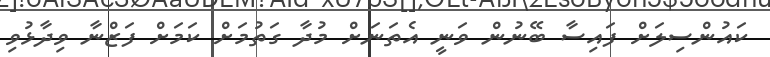
ކައުންސިލަށް ފައިސާ ބޭނުން ވަނީ އެތަނަށް މުދާ ގަތުމަށް ކަމަށް ފަޒްނާ ވިދާޅުވި